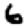
Digit: 6